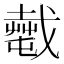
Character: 𢨎